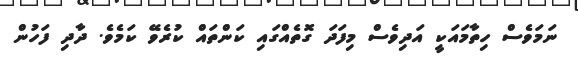
ނަމަވެސް ހިތާމައަކީ އަދިވެސް މިފަދަ ގޮތެއްގައި ކަންތައް ކުރެވޭ ކަމެވެ. ދާދި ފަހުން